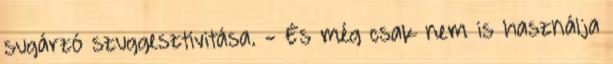
sugárzó szuggesztivitása. - És még csak nem is használja